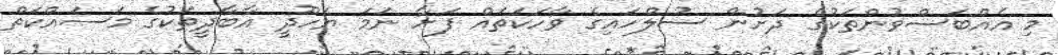
މި އެއްބަސްވުންތަކުގެ ދަށުން ސުލްހައިގެ ވާހަކަތައް ފަށާ ނަމަ ޔަހޫދީ އާބާދީތަކުގެ މަސައްކަތް